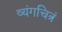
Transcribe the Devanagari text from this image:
व्यंगचित्रं